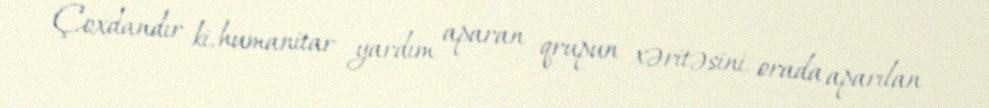
Çoxdandır ki, humanitar yardım aparan qrupun xəritəsini, orada aparılan